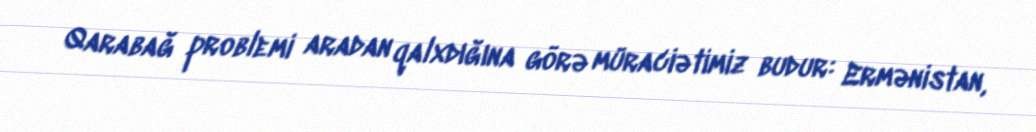
Qarabağ problemi aradan qalxdığına görə müraciətimiz budur: Ermənistan,